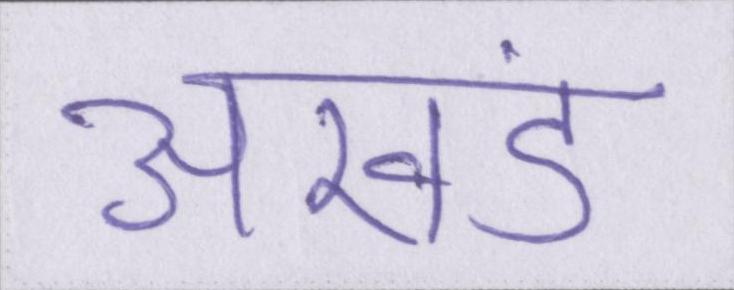
अखंड